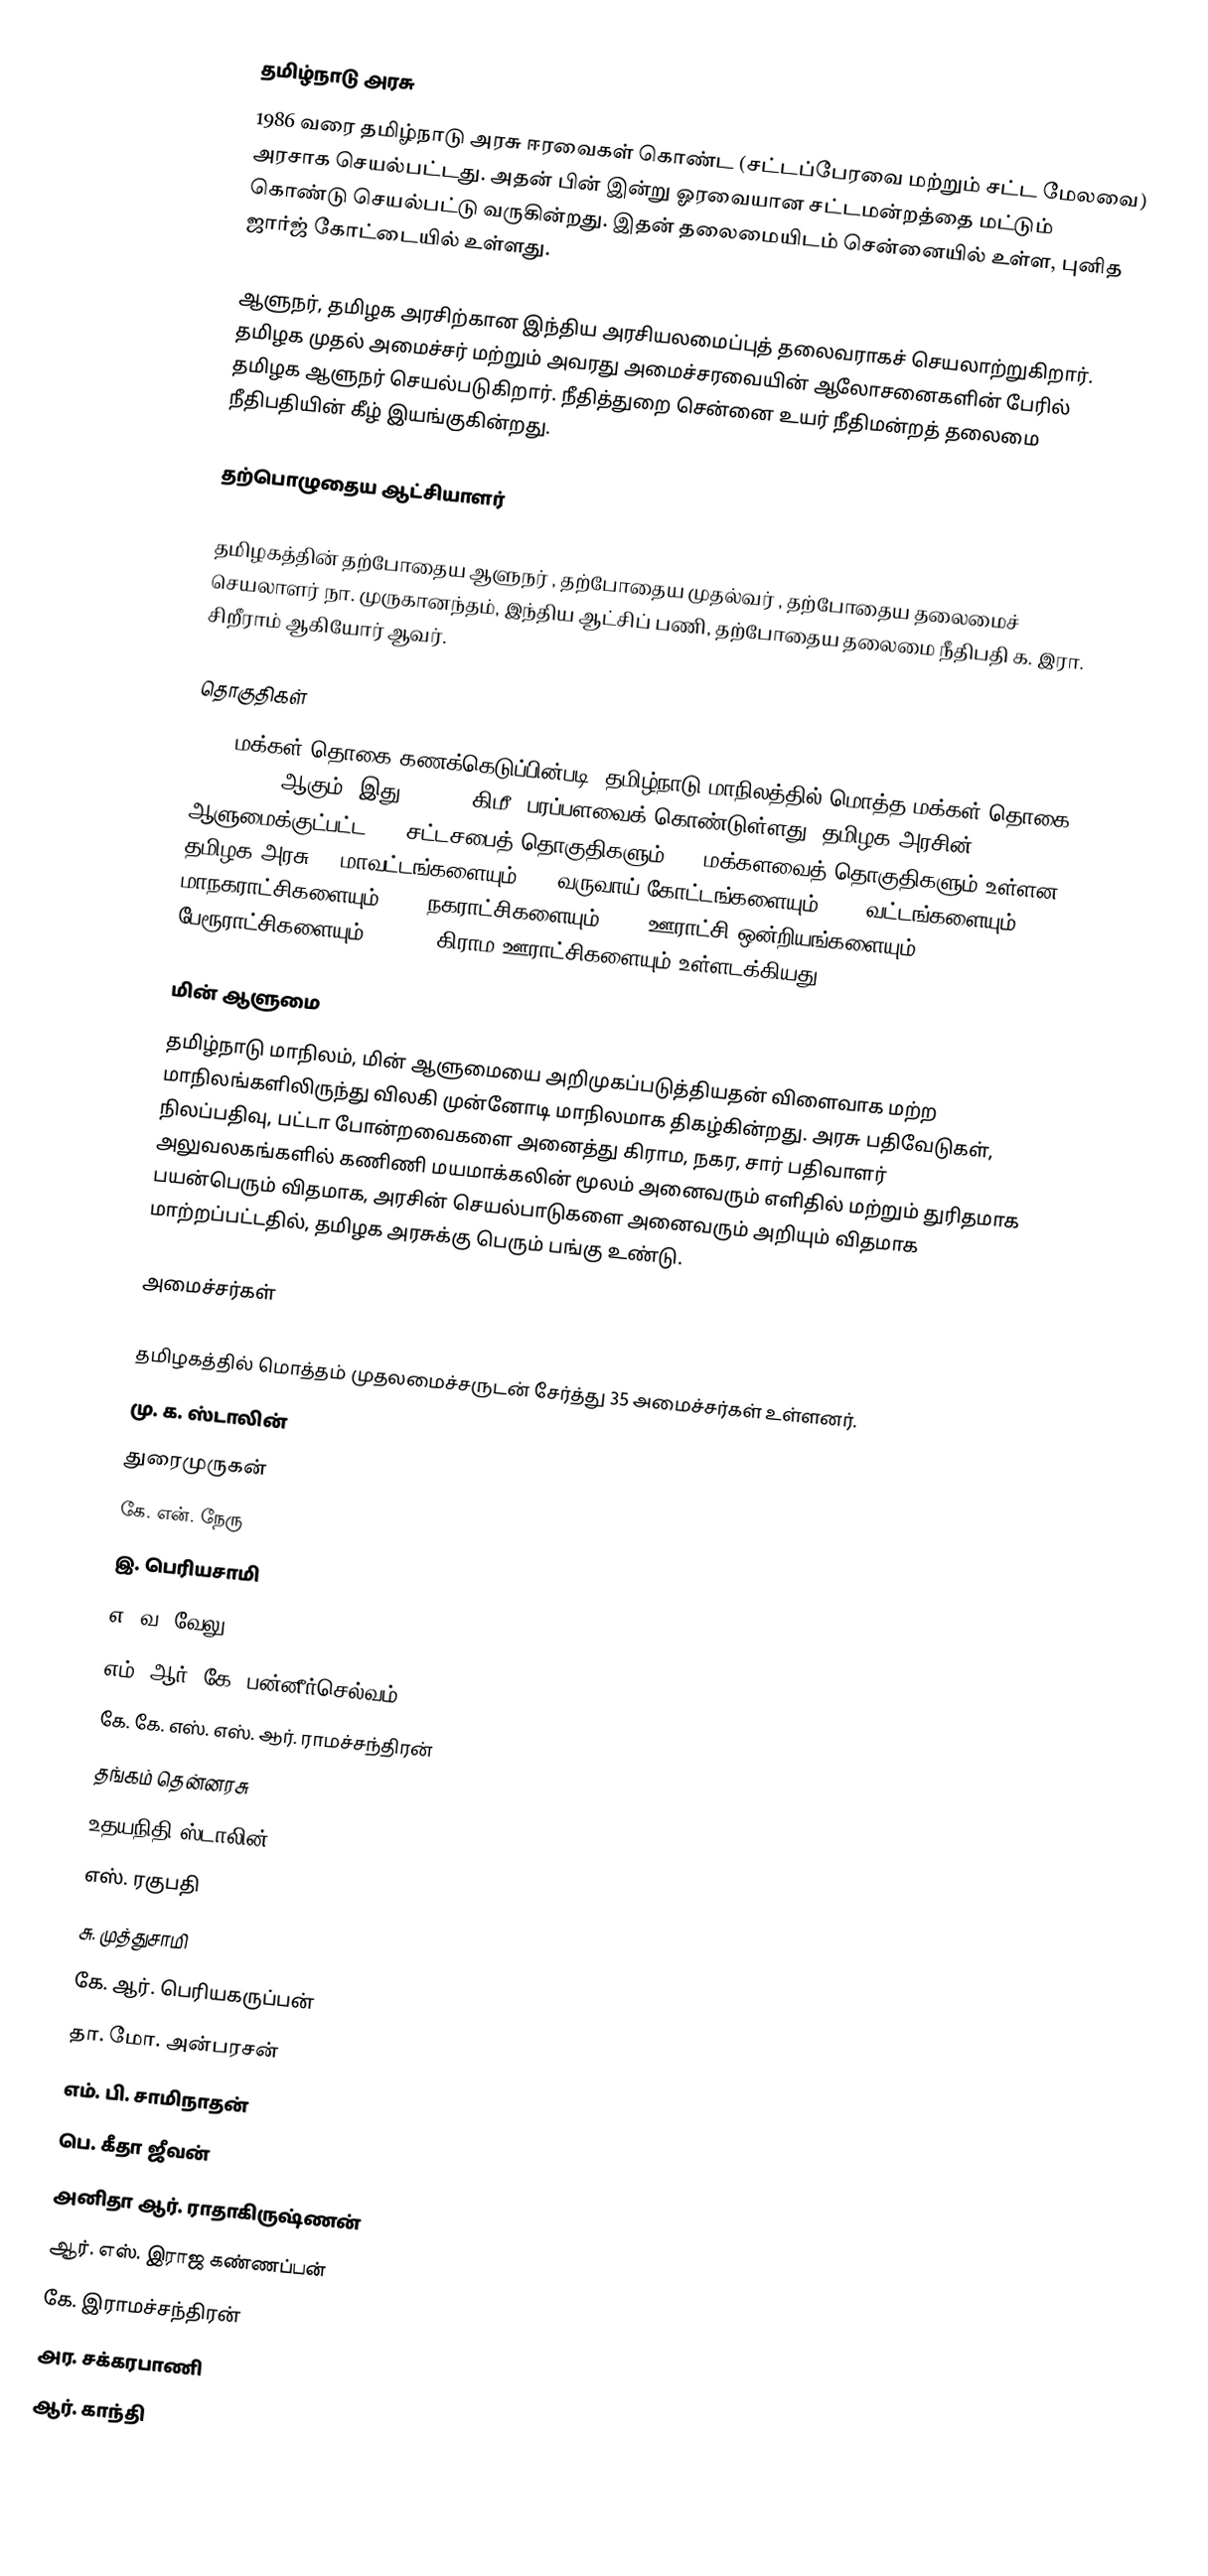
தமிழ்நாடு அரசு
1986 வரை தமிழ்நாடு அரசு ஈரவைகள் கொண்ட (சட்டப்பேரவை மற்றும் சட்ட மேலவை) அரசாக செயல்பட்டது. அதன் பின் இன்று ஓரவையான சட்டமன்றத்தை மட்டும் கொண்டு செயல்பட்டு வருகின்றது. இதன் தலைமையிடம் சென்னையில் உள்ள, புனித ஜார்ஜ் கோட்டையில் உள்ளது.

ஆளுநர், தமிழக அரசிற்கான இந்திய அரசியலமைப்புத் தலைவராகச் செயலாற்றுகிறார். தமிழக முதல் அமைச்சர் மற்றும் அவரது அமைச்சரவையின் ஆலோசனைகளின் பேரில் தமிழக ஆளுநர்  செயல்படுகிறார். நீதித்துறை சென்னை உயர் நீதிமன்றத் தலைமை நீதிபதியின் கீழ் இயங்குகின்றது.

தற்பொழுதைய ஆட்சியாளர்

தமிழகத்தின் தற்போதைய ஆளுநர் , தற்போதைய முதல்வர் , தற்போதைய தலைமைச் செயலாளர் நா. முருகானந்தம், இந்திய ஆட்சிப் பணி, தற்போதைய தலைமை நீதிபதி  க. இரா. சிறீராம் ஆகியோர் ஆவர்.

தொகுதிகள்
2011 மக்கள் தொகை கணக்கெடுப்பின்படி, தமிழ்நாடு மாநிலத்தில் மொத்த மக்கள் தொகை 72,138,959 ஆகும். இது 130,058 கிமீ² பரப்பளவைக் கொண்டுள்ளது. தமிழக அரசின் ஆளுமைக்குட்பட்ட 234 சட்டசபைத் தொகுதிகளும், 39 மக்களவைத் தொகுதிகளும் உள்ளன. தமிழக அரசு 38 மாவட்டங்களையும், 87 வருவாய் கோட்டங்களையும், 310 வட்டங்களையும், 21 மாநகராட்சிகளையும், 138 நகராட்சிகளையும், 385 ஊராட்சி ஒன்றியங்களையும், 528 பேரூராட்சிகளையும், 12,618 கிராம ஊராட்சிகளையும் உள்ளடக்கியது.

மின் ஆளுமை
தமிழ்நாடு மாநிலம், மின் ஆளுமையை அறிமுகப்படுத்தியதன் விளைவாக மற்ற மாநிலங்களிலிருந்து விலகி முன்னோடி மாநிலமாக திகழ்கின்றது. அரசு பதிவேடுகள், நிலப்பதிவு, பட்டா போன்றவைகளை அனைத்து கிராம, நகர, சார் பதிவாளர் அலுவலகங்களில் கணிணி மயமாக்கலின்  மூலம் அனைவரும் எளிதில் மற்றும் துரிதமாக பயன்பெரும் விதமாக, அரசின் செயல்பாடுகளை அனைவரும் அறியும்  விதமாக மாற்றப்பட்டதில், தமிழக அரசுக்கு பெரும் பங்கு உண்டு.

அமைச்சர்கள்

தமிழகத்தில் மொத்தம் முதலமைச்சருடன் சேர்த்து 35 அமைச்சர்கள் உள்ளனர்.
 மு. க. ஸ்டாலின்
 துரைமுருகன்
 கே. என். நேரு
 இ. பெரியசாமி
 எ. வ. வேலு
 எம். ஆர். கே. பன்னீர்செல்வம்
 கே. கே. எஸ். எஸ். ஆர். ராமச்சந்திரன்
 தங்கம் தென்னரசு
 உதயநிதி ஸ்டாலின்
 எஸ். ரகுபதி
 சு. முத்துசாமி
 கே. ஆர். பெரியகருப்பன்
 தா. மோ. அன்பரசன்
 எம். பி. சாமிநாதன்
 பெ. கீதா ஜீவன்
 அனிதா ஆர். ராதாகிருஷ்ணன்
 ஆர். எஸ். இராஜ கண்ணப்பன்
 கே. இராமச்சந்திரன்
 அர. சக்கரபாணி
 ஆர். காந்தி